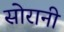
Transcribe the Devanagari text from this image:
सोरानी